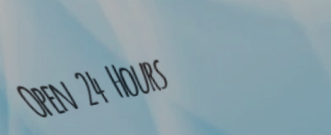
Open 24 Hours